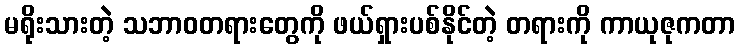
မရိုးသားတဲ့ သဘာဝတရားတွေကို ဖယ်ရှားပစ်နိုင်တဲ့ တရားကို ကာယုဇုကတာ